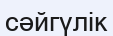
сәйгүлік